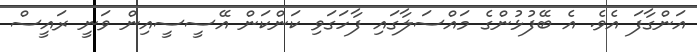
އަންގާފަ އެވެ. އެ ބޭފުޅުންގެ މައްސަލާގައި ފާހަގަވި ކަންކަން އޭސީސީއިން ވަނީ ރައީސް